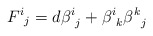
\begin{align*}{F^i}_j = d {\beta^i}_j + {\beta ^i}_k {\beta ^k}_j\end{align*}